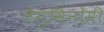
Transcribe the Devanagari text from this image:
लैगुमिनोसी